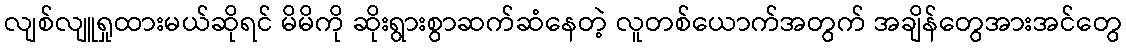
လျစ်လျူရှုထားမယ်ဆိုရင် မိမိကို ဆိုးရွားစွာဆက်ဆံနေတဲ့ လူတစ်ယောက်အတွက် အချိန်တွေအားအင်တွေ